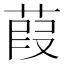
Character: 葭